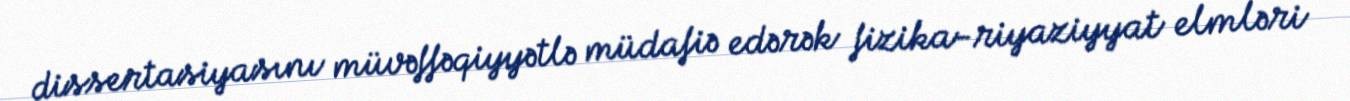
dissertasiyasını müvəffəqiyyətlə müdafiə edərək fizika-riyaziyyat elmləri